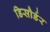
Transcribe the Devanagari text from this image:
डिसौर्डर